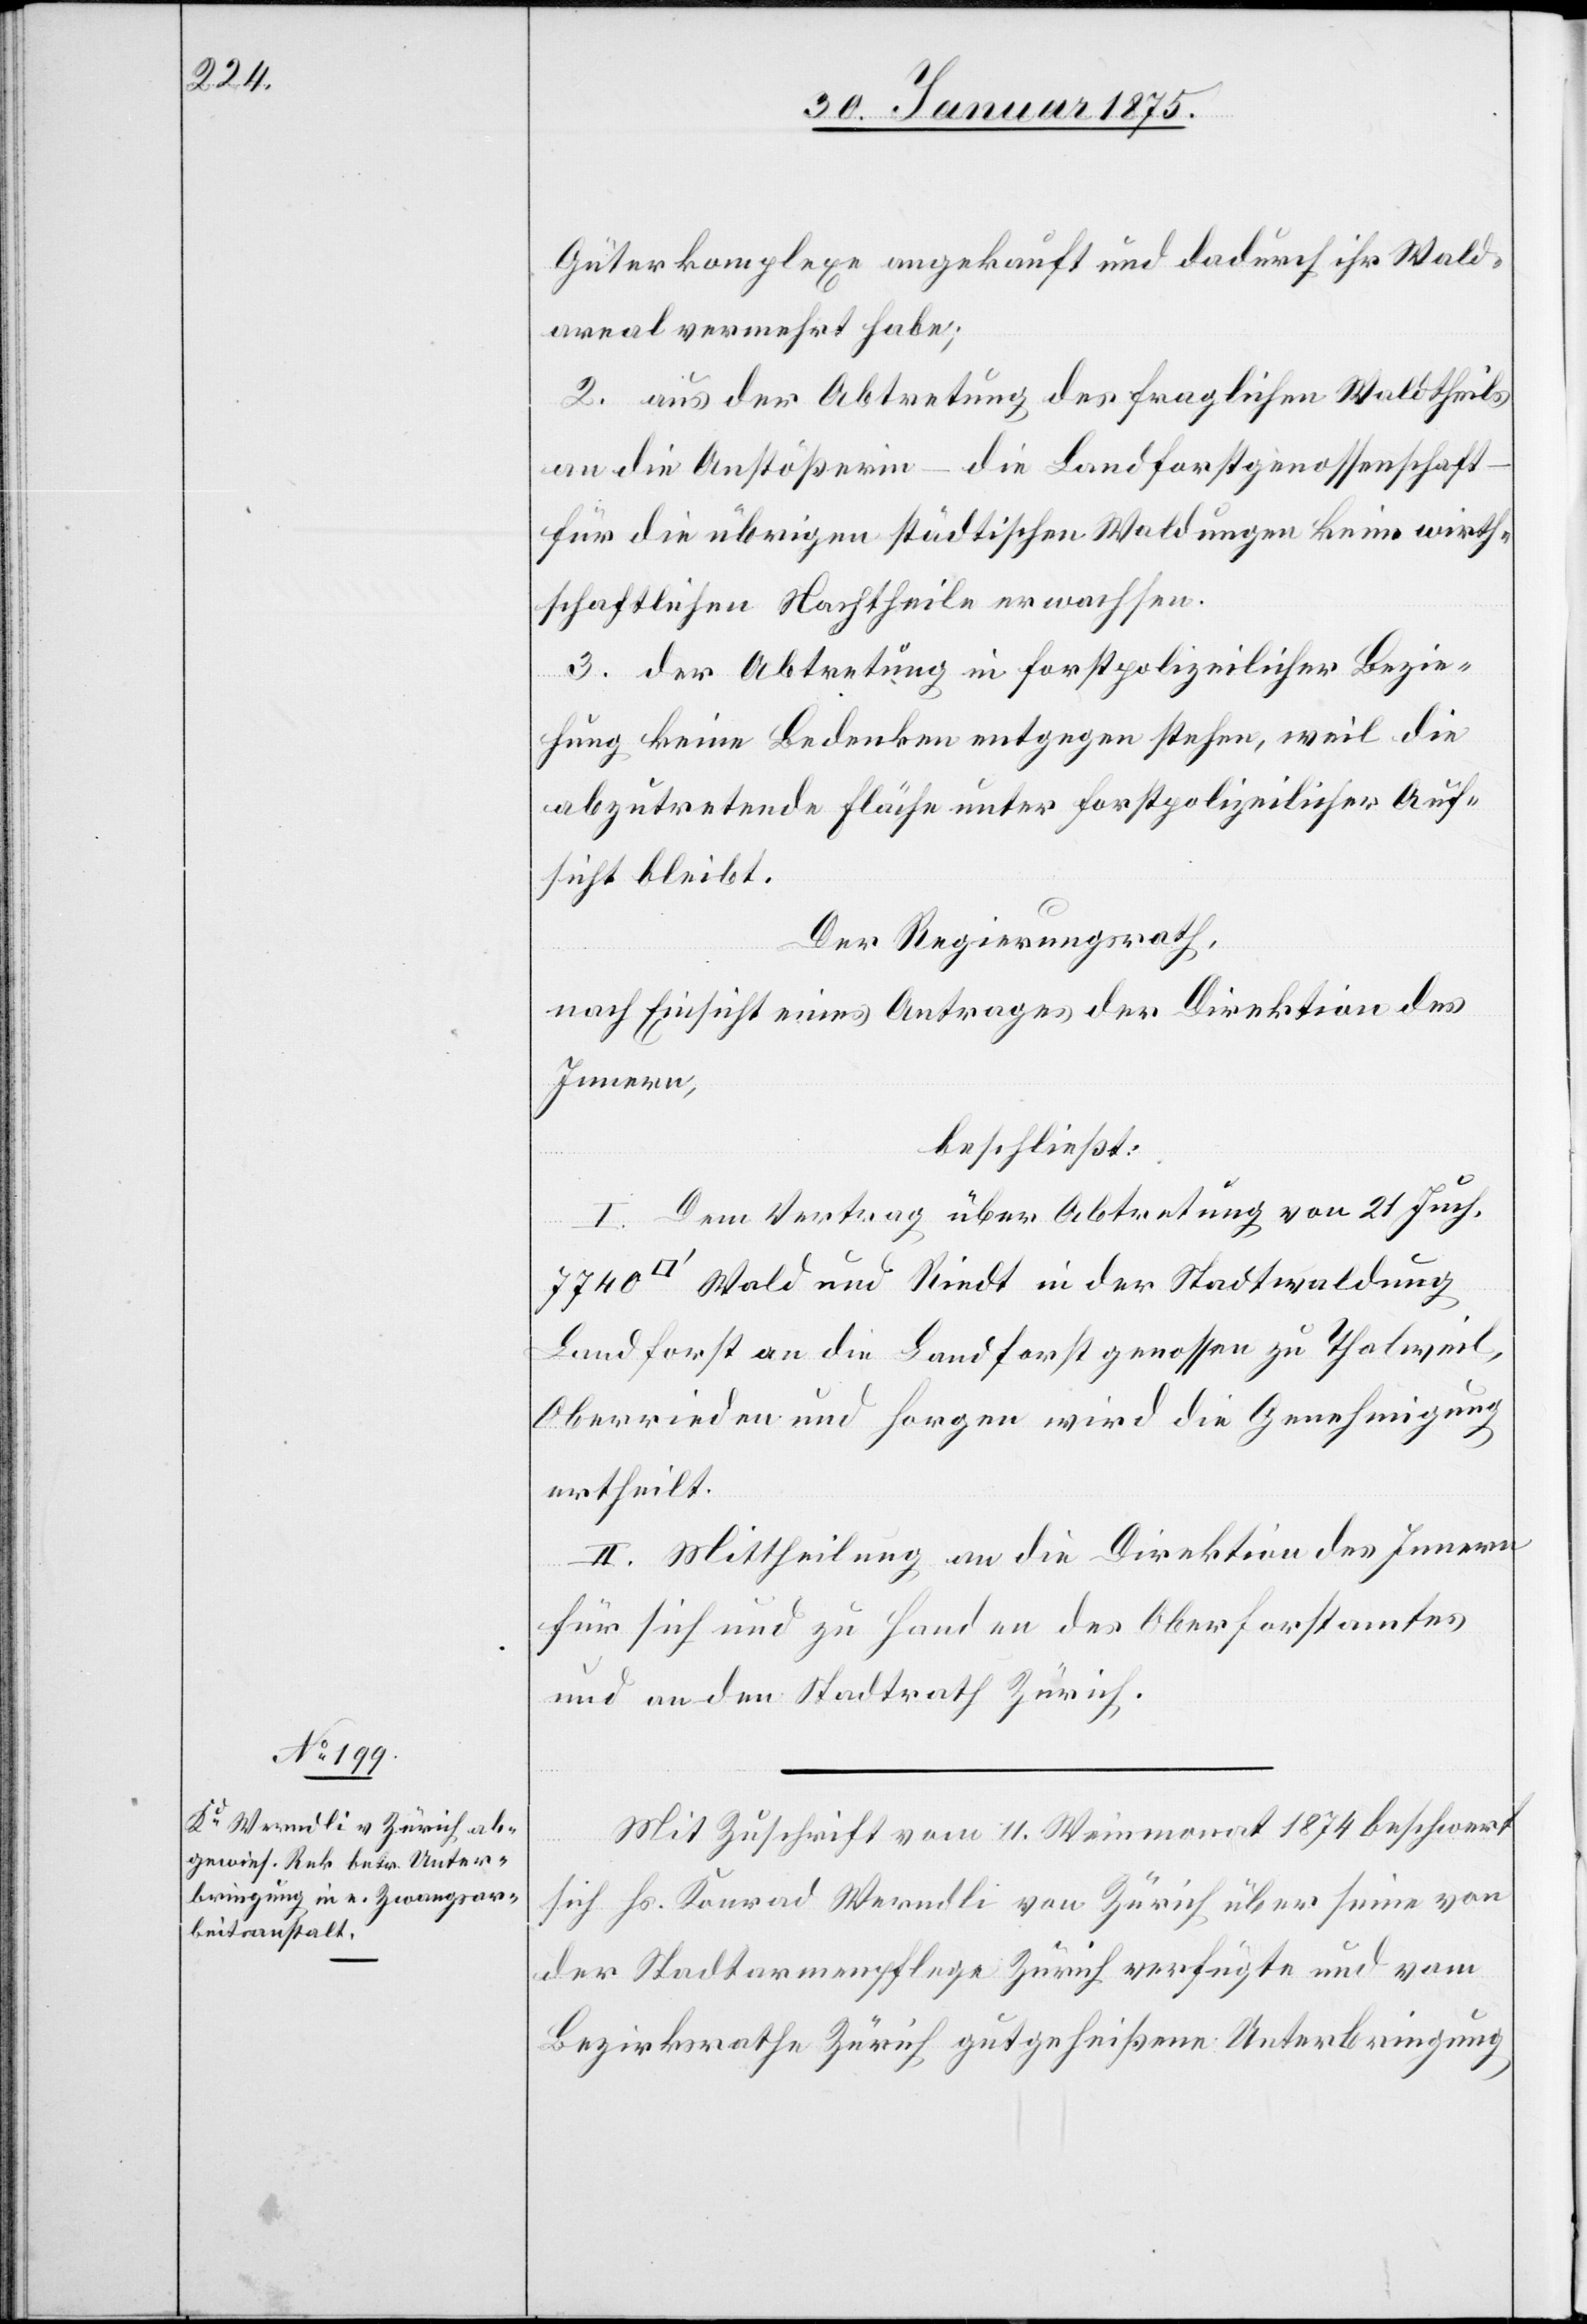
Güterkomplexe angekauft und dadurch ihr Wald¬
areal vermehrt habe;
2. aus der Abtretung des fraglichen Waldtheils
an die Anstößerin – die Landforstgenossenschaft
für die übrigen städtischen Waldungen keine wirth¬
schaftlichen Nachtheile erwachsen.
3. der Abtretung in forstpolizeilicher Bezie¬
hung keine Bedenken entgegen stehen, weil die
abzutretende Fläche unter forstpolizeilicher Auf¬
sicht bleibt.
Der Regierungsrath,
nach Einsicht eines Antrages der Direktion des
Innern,
beschließt:
I. Dem Vertrag über Abtretung von 21. Juch.
Wald und Riedt in der Stadtwaldung
Landforst an die Landforstgenossen zu Thalweil,
Oberrieden und Horgen wird die Genehmigung
ertheilt.
II. Mittheilung an die Direktion des Innern
für sich und zu Handen des Oberforstamtes
und an den Stadtrath Zürich.
Mit Zuschrift vom 11. Weinmonat 1874 beschwert
sich Hs. Konrad Werndli von Zürich über seine von
der Stadtarmenpflege Zürich verfügte und vom
Bezirksrathe Zürich gutgeheißene Unterbringung